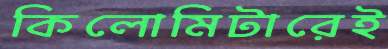
কিলোমিটারেই